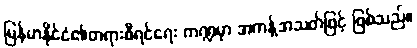
မြန်မာနိုင်ငံ၏တရားစီရင်ရေး ကဏ္ဍမှာ အကန့်အသတ်ဖြင့် ဖြစ်သည်။